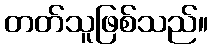
တတ်သူဖြစ်သည်။